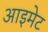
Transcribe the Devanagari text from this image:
आइमेट